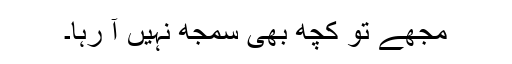
مجھے تو کچھ بھی سمجھ نہیں آ رہا۔